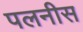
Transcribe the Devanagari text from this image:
पलनीस